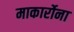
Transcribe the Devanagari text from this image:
माकार्रोना